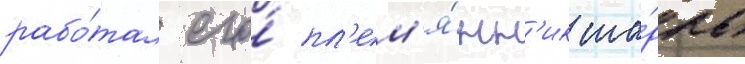
рабо́тал его́ пл'ем'я́нн'ик ша́рль